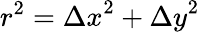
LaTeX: r^{2}={\Delta x}^{2}+{\Delta y}^{2}